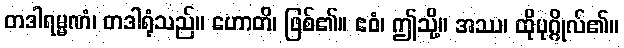
တဒါရမ္မဏံ၊ တဒါရုံသည်။ ဟောတိ၊ ဖြစ်၏။ ဧဝံ၊ ဤသို့။ အဿ၊ ထိုပုဂ္ဂိုလ်၏။